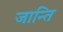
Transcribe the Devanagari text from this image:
जान्ति